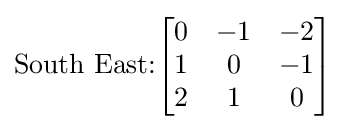
{\text{South East:}}{\begin{bmatrix}0&-1&-2\\1&0&-1\\2&1&0\end{bmatrix}}